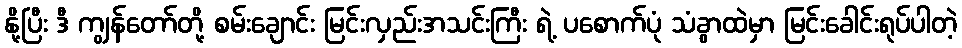
နို့ပြီး ဒီ ကျွန်တော်တို့ စမ်းချောင်း မြင်းလှည်းအသင်းကြီး ရဲ့ ပစောက်ပုံ သံခွာထဲမှာ မြင်းခေါင်းရုပ်ပါတဲ့